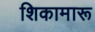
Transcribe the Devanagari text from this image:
शिकामारू